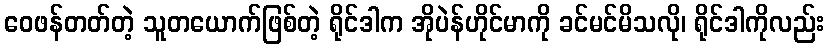
ဝေဖန်တတ်တဲ့ သူတယောက်ဖြစ်တဲ့ ရိုင်ဒါက အိုပဲန်ဟိုင်မာကို ခင်မင်မိသလို၊ ရိုင်ဒါကိုလည်း